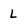
Character: L